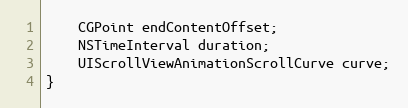
Language: C
    CGPoint endContentOffset;
    NSTimeInterval duration;
    UIScrollViewAnimationScrollCurve curve;
}